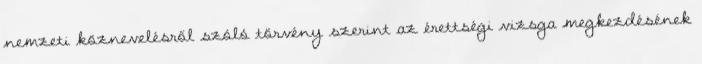
nemzeti köznevelésről szóló törvény szerint az érettségi vizsga megkezdésének